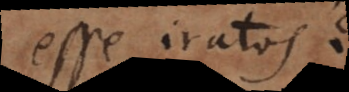
esse iratos?